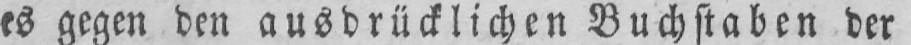
es gegen den ausdrücklichen Buchstaben der